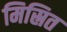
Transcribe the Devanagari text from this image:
मिस्रित